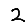
Digit: 2